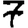
Digit: 7